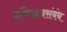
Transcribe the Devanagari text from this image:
परिवहनसंबंध